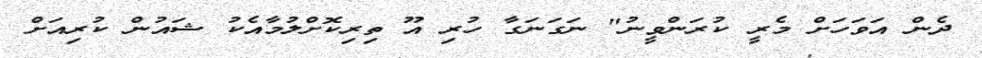
ދެން އަވަހަށް މެރީ ކުރަންވީނު" ނަގަނަގާ ހުރި އޫ ތިރިކޮށްލުމާއެކު ޝައުން ކުރިއަށް